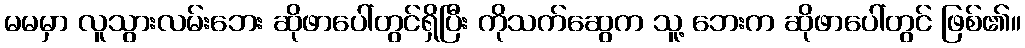
မမမှာ လူသွားလမ်းဘေး ဆိုဖာပေါ်တွင်ရှိပြီး ကိုသက်ဆွေက သူ့ ဘေးက ဆိုဖာပေါ်တွင် ဖြစ်၏။